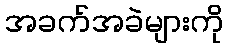
အခက်အခဲများကို